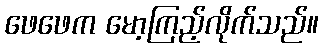
ဖေဖေက မော့ကြည့်လိုက်သည်။